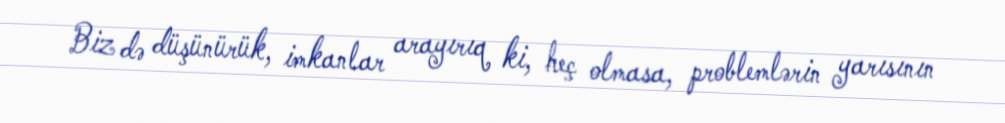
Biz də düşünürük, imkanlar arayırıq ki, heç olmasa, problemlərin yarısının